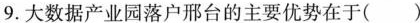
9.大数据产业园落户邢台的主要优势在于()